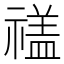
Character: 𮂕